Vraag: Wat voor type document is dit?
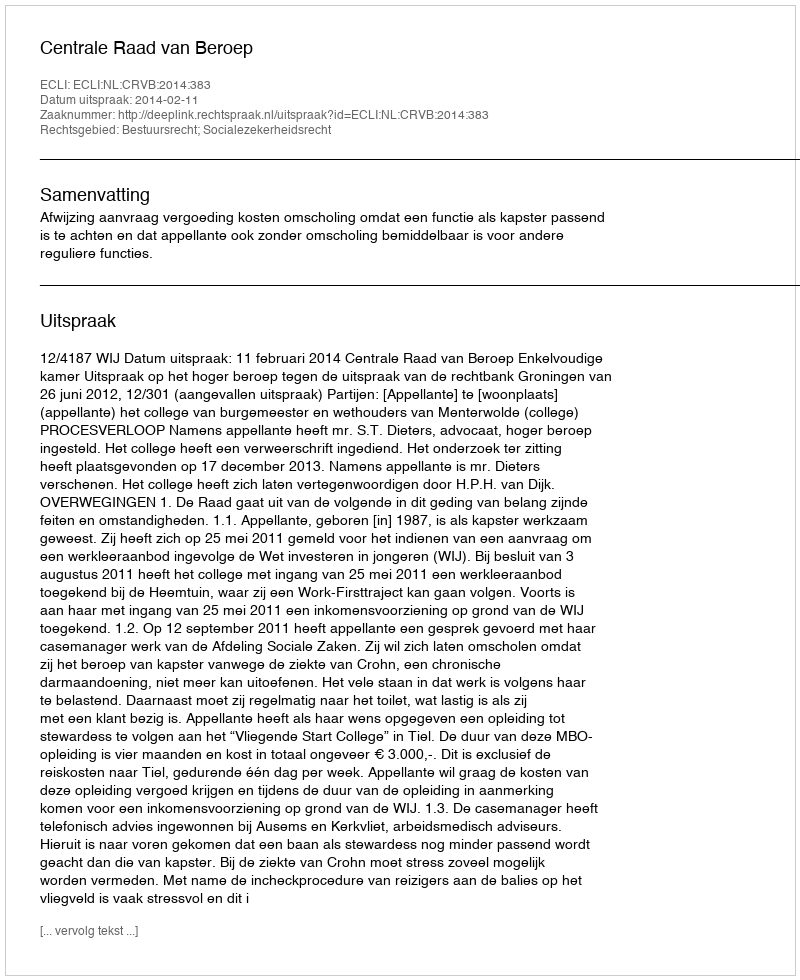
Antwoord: Uitspraak